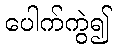
ပေါက်ကွဲ၍